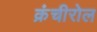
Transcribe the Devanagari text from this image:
क्रंचीरोल